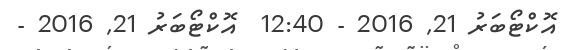
އޮކްޓޯބަރު 21